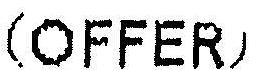
(OFFER)